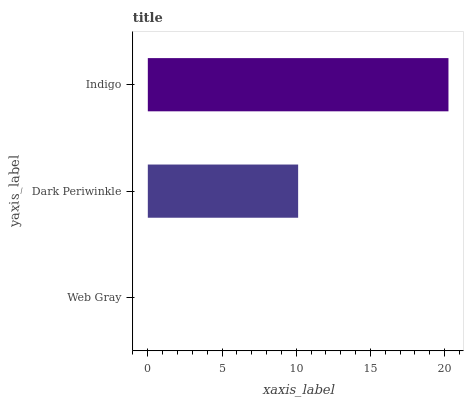
| yaxis_label | bars |
 | --- | --- |
 | Web Gray | 0 |
 | Dark Periwinkle | 10.1 |
 | Indigo | 20.3 |